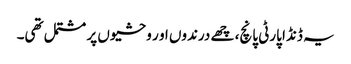
یہ ڈنڈا پارٹی پانچ، چھے درندوں او ر وحشیوں پر مشتمل تھی۔